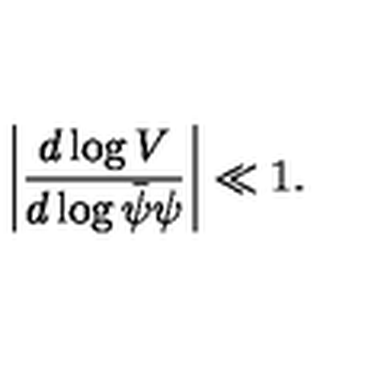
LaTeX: \left| \frac { d \log V } { d \log \bar { \psi } \psi } \right| \ll 1 .